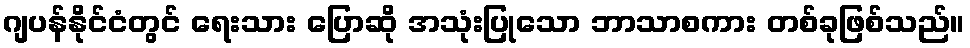
ဂျပန်နိုင်ငံတွင် ရေးသား ပြောဆို အသုံးပြုသော ဘာသာစကား တစ်ခုဖြစ်သည်။